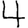
Digit: 4